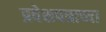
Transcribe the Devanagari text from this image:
प्रवेशपत्राच्या